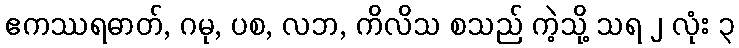
ဧကဿရဓာတ်, ဂမု, ပစ, လဘ, ကိလိသ စသည် ကဲ့သို့ သရ ၂ လုံး ၃